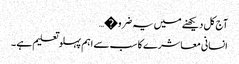
آج کل دیکھنے میں یہ ضرو�…
انسانی معاشرے کا سب سے اہم پہلو تعلیم ہے ۔